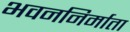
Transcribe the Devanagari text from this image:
भवननिर्माता